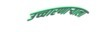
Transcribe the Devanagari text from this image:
उच्चारणाऱ्याला